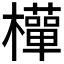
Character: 𭬩